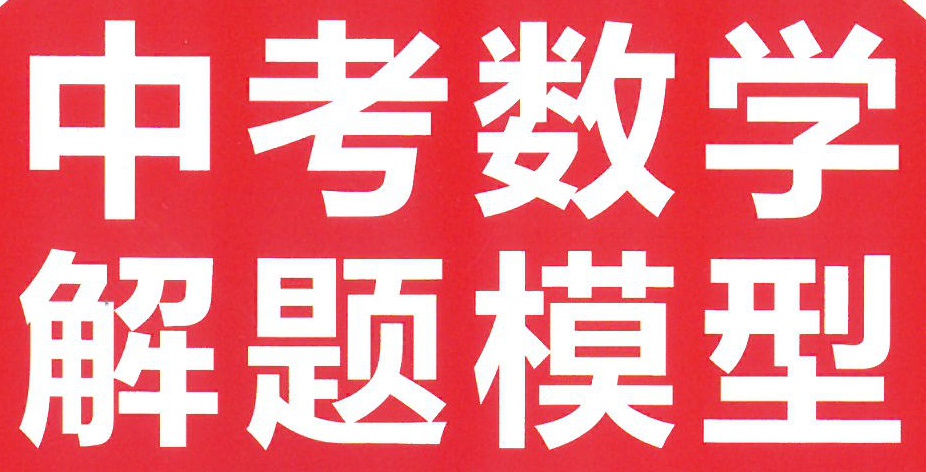
中考数学
解题模型